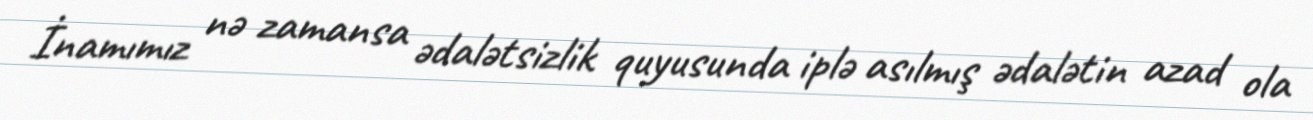
İnamımız nə zamansa ədalətsizlik quyusunda iplə asılmış ədalətin azad ola